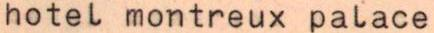
hotel montreux palace